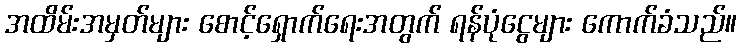
အထိမ်းအမှတ်များ စောင့်ရှောက်ရေးအတွက် ရန်ပုံငွေများ ကောက်ခံသည်။